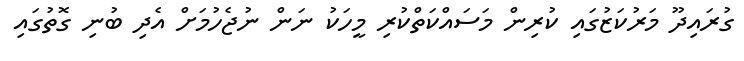
ގުރައިދޫ މަރުކަޒުގައި ކުރިން މަސައްކަތްކުރި މީހަކު ނަން ނުޖެހުމަށް އެދި ބުނި ގޮތުގައި